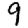
Digit: 9